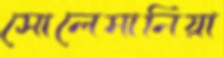
সোলেমানিয়া